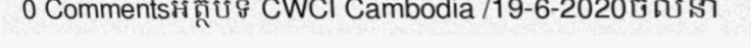
0 Commentsអត្ថបទ CWCI Cambodia /19-6-2020ចលនា